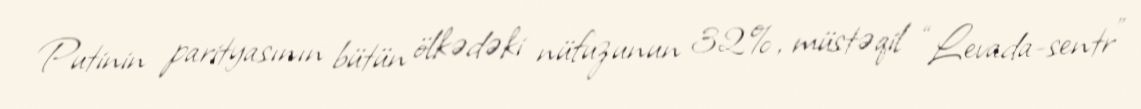
Putinin parityasının bütün ölkədəki nüfuzunun 32%, müstəqil “Levada-sentr”